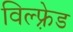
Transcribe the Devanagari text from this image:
विल्फ़्रेड